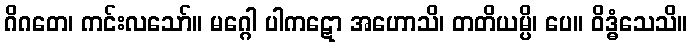
ဂိဂတေ၊ ကင်းလသော်။ မဂ္ဂေါ ပါကဋော အဟောသိ၊ တတိယမ္ပိ၊ ပေ။ ဝိဒ္ဓံသေသိ။